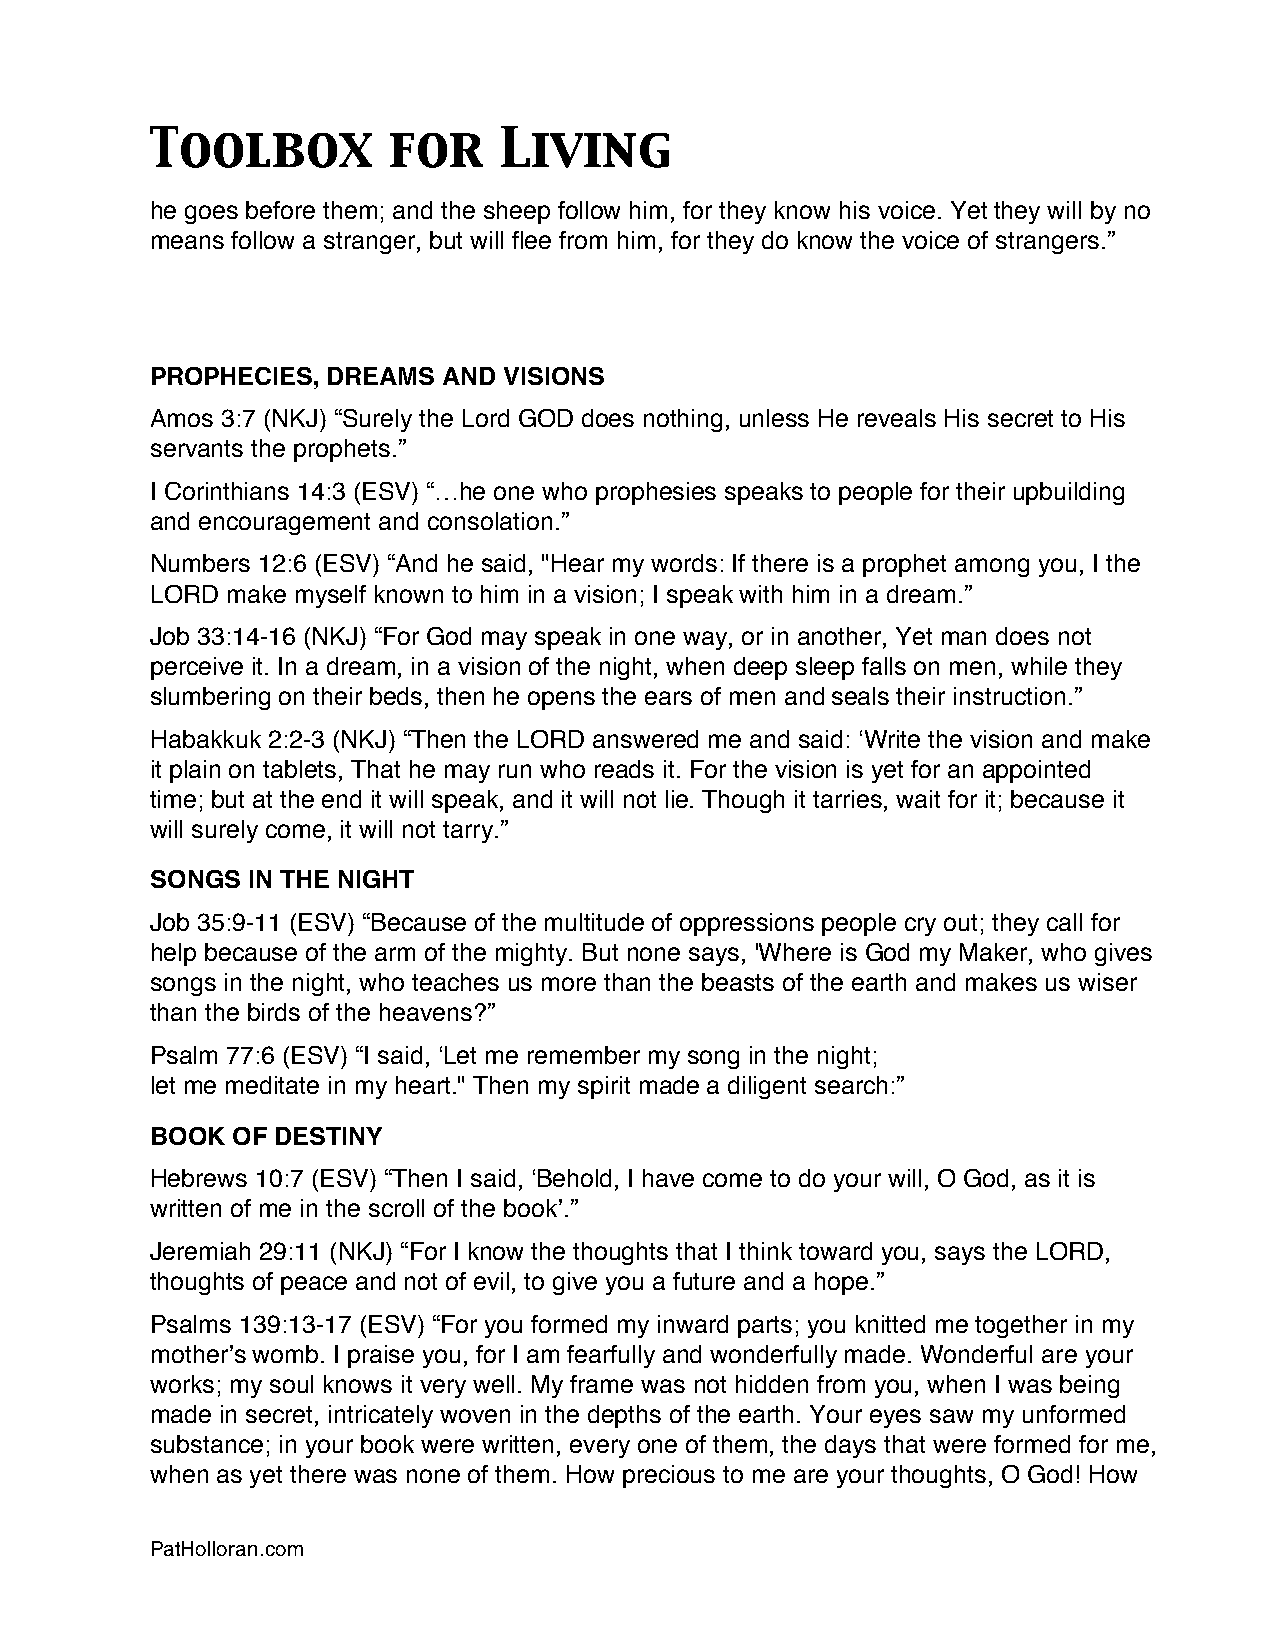
Toolbox         for    Living
 he goes before them; and the sheep follow him, for they know his voice. Yet they will by no
 means follow a stranger, but will flee from him, for they do know the voice of strangers.”
 PROPHECIES, DREAMS AND VISIONS
 Amos 3:7 (NKJ) “Surely the Lord GOD does nothing, unless He reveals His secret to His
 servants the prophets.”
 I Corinthians 14:3 (ESV) “…he one who prophesies speaks to people for their upbuilding
 and encouragement and consolation.”
 Numbers 12:6 (ESV) “And he said, "Hear my words: If there is a prophet among you, I the
 LORD make myself known to him in a vision; I speak with him in a dream.”
 Job 33:14-16 (NKJ) “For God may speak in one way, or in another, Yet man does not
 perceive it. In a dream, in a vision of the night, when deep sleep falls on men, while they
 slumbering on their beds, then he opens the ears of men and seals their instruction.”
 Habakkuk 2:2-3 (NKJ) “Then the LORD answered me and said: ʻWrite the vision and make
 it plain on tablets, That he may run who reads it. For the vision is yet for an appointed
 time; but at the end it will speak, and it will not lie. Though it tarries, wait for it; because it
 will surely come, it will not tarry.”
 SONGS IN THE NIGHT
 Job 35:9-11 (ESV) “Because of the multitude of oppressions people cry out; they call for
 help because of the arm of the mighty. But none says, 'Where is God my Maker, who gives
 songs in the night, who teaches us more than the beasts of the earth and makes us wiser
 than the birds of the heavens?”
 Psalm 77:6 (ESV) “I said, ʻLet me remember my song in the night;
 let me meditate in my heart." Then my spirit made a diligent search:”
 BOOK OF DESTINY
 Hebrews 10:7 (ESV) “Then I said, ʻBehold, I have come to do your will, O God, as it is
 written of me in the scroll of the bookʼ.”
 Jeremiah 29:11 (NKJ) “For I know the thoughts that I think toward you, says the LORD,
 thoughts of peace and not of evil, to give you a future and a hope.”
 Psalms 139:13-17 (ESV) “For you formed my inward parts; you knitted me together in my
 motherʼs womb. I praise you, for I am fearfully and wonderfully made. Wonderful are your
 works; my soul knows it very well. My frame was not hidden from you, when I was being
 made in secret, intricately woven in the depths of the earth. Your eyes saw my unformed
 substance; in your book were written, every one of them, the days that were formed for me,
 when as yet there was none of them. How precious to me are your thoughts, O God! How
 PatHolloran.com